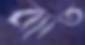
ব্যাত